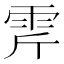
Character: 𩂋